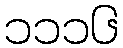
၁၁၁၆